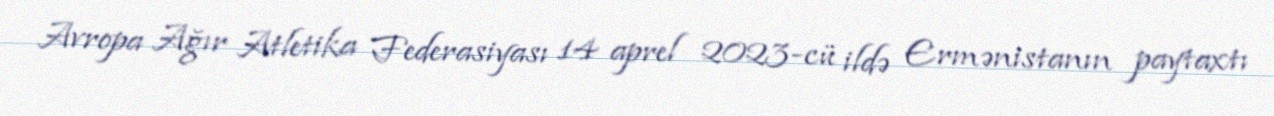
Avropa Ağır Atletika Federasiyası 14 aprel 2023-cü ildə Ermənistanın paytaxtı